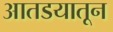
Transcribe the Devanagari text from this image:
आतडयातून